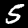
Digit: 5